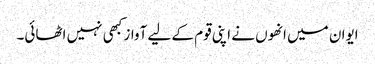
ایوان میں انھوں نے اپنی قوم کے لیے آواز کبھی نہیں اٹھائی۔